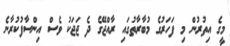
މީގެ އިތުރުން މި ފަހަރުގެ މުބާރާތުގައި ރާއްޖޭގެ ދެ ޖަޖަކު ވެސް އިންސާފުކުރާނެ